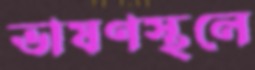
ভাষণস্থলে